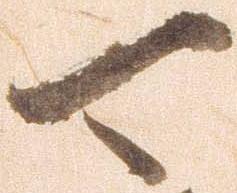
可